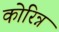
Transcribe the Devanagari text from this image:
कोरिन्न